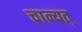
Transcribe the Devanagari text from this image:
चान्यत्